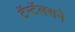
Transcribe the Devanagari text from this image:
टॅन्टॅलसने